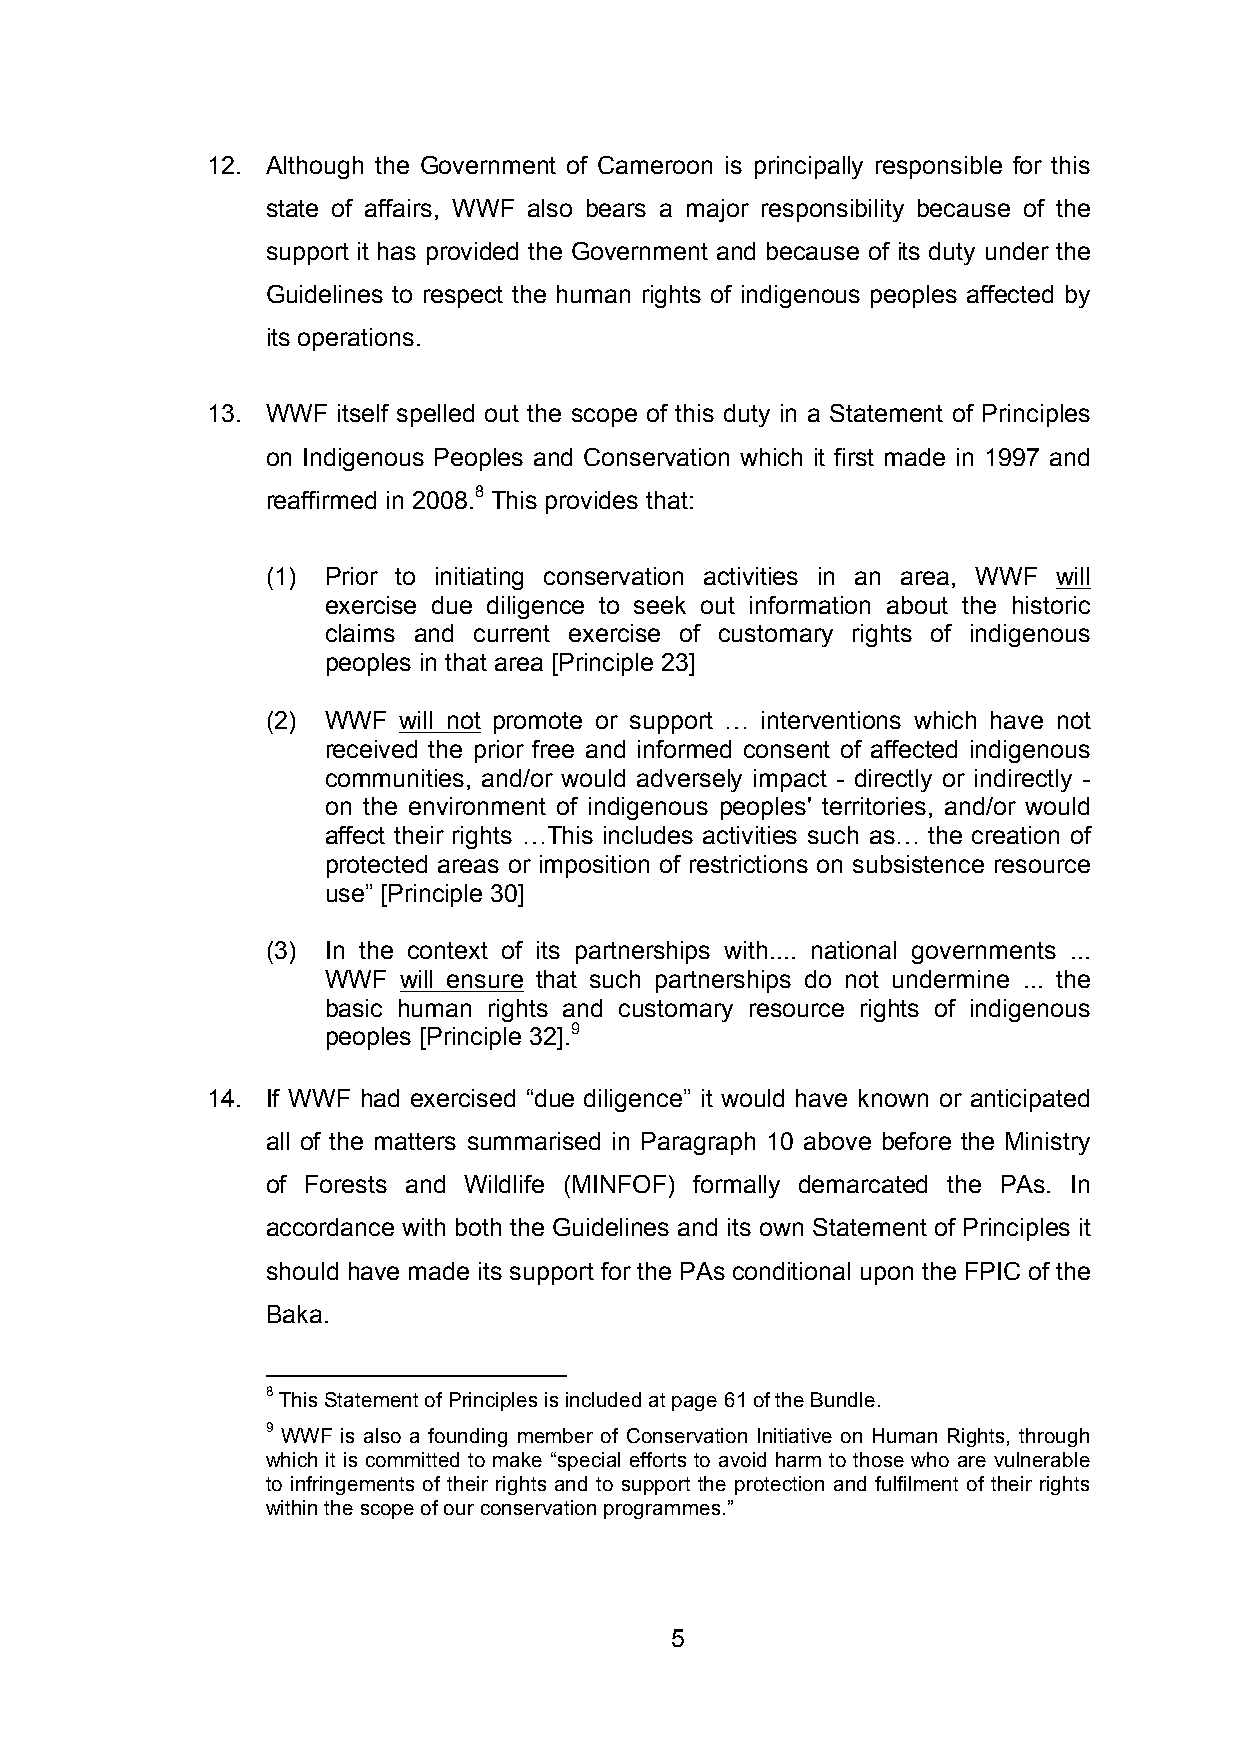
12. Although the Government of Cameroon is principally responsible for this
 state of affairs, WWF also bears a major responsibility because of the
 support it has provided the Government and because of its duty under the
 Guidelines to respect the human rights of indigenous peoples affected by
 its operations.
 13. WWF itself spelled out the scope of this duty in a Statement of Principles
 on Indigenous Peoples and Conservation which it first made in 1997 and
 reaffirmed in 2008.8 This provides that:
 (1) Prior to initiating conservation activities in an area, WWF will
 exercise due diligence to seek out information about the historic
 claims and current exercise of customary rights of indigenous
 peoples in that area [Principle 23]
 (2) WWF will not promote or support … interventions which have not
 received the prior free and informed consent of affected indigenous
 communities, and/or would adversely impact - directly or indirectly -
 on the environment of indigenous peoples' territories, and/or would
 affect their rights …This includes activities such as… the creation of
 protected areas or imposition of restrictions on subsistence resource
 use” [Principle 30]
 (3) In the context of its partnerships with.... national governments ...
 WWF will ensure that such partnerships do not undermine ... the
 basic human rights and customary resource rights of indigenous
 peoples [Principle 32].9
 14. If WWF had exercised “due diligence” it would have known or anticipated
 all of the matters summarised in Paragraph 10 above before the Ministry
 of Forests and Wildlife (MINFOF) formally demarcated the PAs. In
 accordance with both the Guidelines and its own Statement of Principles it
 should have made its support for the PAs conditional upon the FPIC of the
 Baka.
 8 This Statement of Principles is included at page 61 of the Bundle.
 9 WWF is also a founding member of Conservation Initiative on Human Rights, through
 which it is committed to make “special efforts to avoid harm to those who are vulnerable
 to infringements of their rights and to support the protection and fulfilment of their rights
 within the scope of our conservation programmes.”
 5